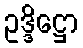
ဥဒ္ဒိဋ္ဌော